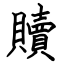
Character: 贖